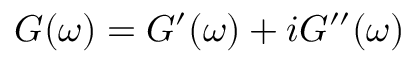
G ( \omega ) = G ^ { \prime } ( \omega ) + i G ^ { \prime \prime } ( \omega )